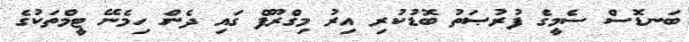
ބަނޑޮސް ސެމީގެ ފުރުޞަތު ބޮޑުކުރި އިރު މިގްރޫފް ގައި ދެން ހިމެނޭ ޓީމްތަކުގެ